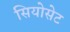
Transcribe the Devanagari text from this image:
सियोसेट